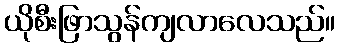
ယိုစီးဖြာသွန်ကျလာလေသည်။